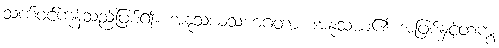
သက်ဝင်ကုန်သည်ဖြစ်၍။ အနုသယသဟဂတာ၊ အနုသယ၏ အဖြစ်နှင့်တကွ